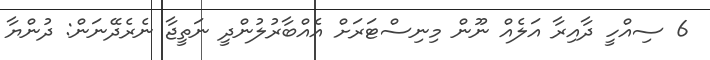
6 ސިއްހީ ދާއިރާ އަލެއް ނޫން މިނިސްޓަރަށް އެއްބާރުލުންދީ ނަތީޖާ ނެރެދޭނަން: ދުންޔާ